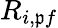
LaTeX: R_{i,\mathfrak{p}f}